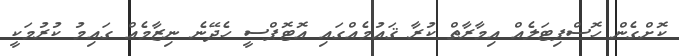
ކޮށްގެން ހޮސްޕިޓަލެއް އިމާރާތް ކުރާ ޤައުމެއްގައި އޮޓޮޕްސީ ހެދޭނެ ނިޒާމެއް ގައިމު ކުރުމަކީ